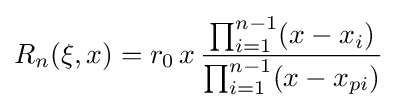
R_{n}(\xi ,x)=r_{0}\,x\,{\frac {\prod _{i=1}^{n-1}(x-x_{i})}{\prod _{i=1}^{n-1}(x-x_{pi})}}